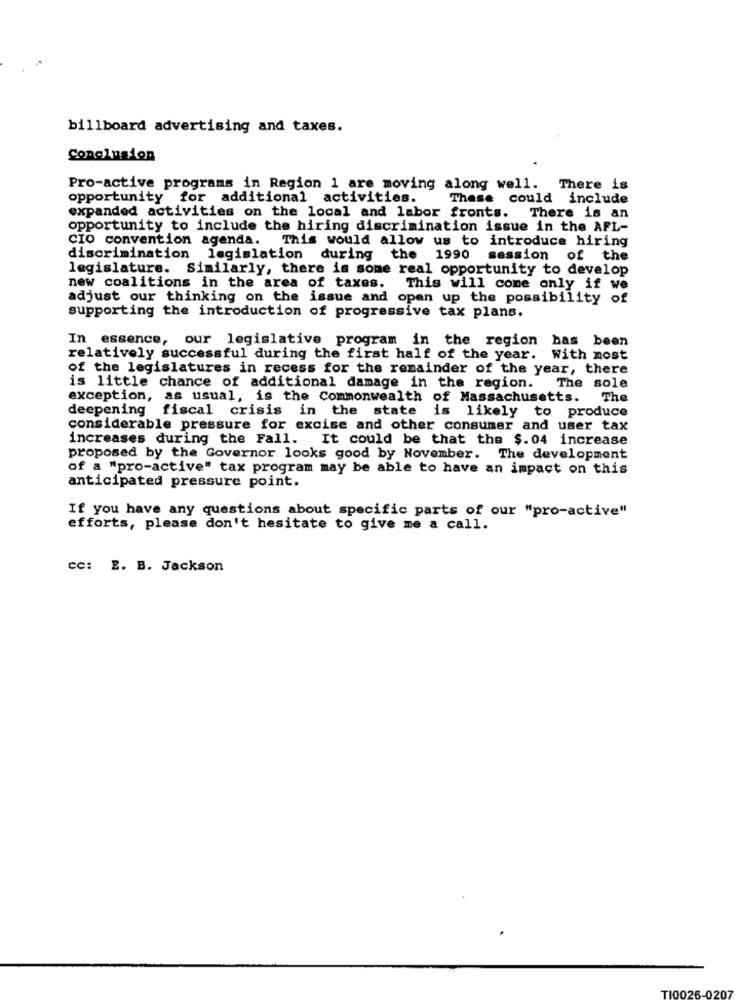
billboard advertising and taxes.
Conclusion
Pro-active programs in Region 1 are moving along well. There is
opportunity for additional activities.
These could include
expanded activities on the local and labor fronts.
There is an
opportunity to include the hiring discrimination issue in the AFL-
CIO convention agenda. This would allow us to introduce hiring
discrimination legislation during the 1990 session of the
legislature. Similarly, there is some real opportunity to develop
new coalitions in the area of taxes. This will come only if we
adjust our thinking on the issue and open up the possibility of
supporting the introduction of progressive tax plans.
In essence, our legislative program in the region has been
relatively successful during the first half of the year. With most
of the legislatures in recess for the remainder of the year, there
is little chance of additional damage in the region. The sole
exception, as usual, is the Commonwealth of Massachusetts. The
deepening fiscal crisis in the state is likely to produce
considerable pressure for excise and other consumer and user tax
increases during the Fall. It could be that the $.04 increase
proposed by the Governor looks good by November. The development
of a "pro-active" tax program may be able to have an impact on this
anticipated pressure point.
If you have any questions about specific parts of our "pro-active"
efforts, please don't hesitate to give me a call.
cc: E. B. Jackson